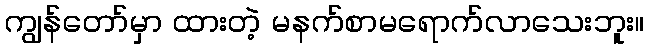
ကျွန်တော်မှာ ထားတဲ့ မနက်စာမရောက်လာသေးဘူး။